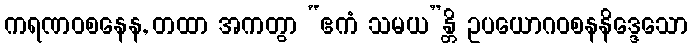
ကရဏဝစနေန, တထာ အကတွာ “ဧကံ သမယ”န္တိ ဥပယောဂဝစနနိဒ္ဒေသော